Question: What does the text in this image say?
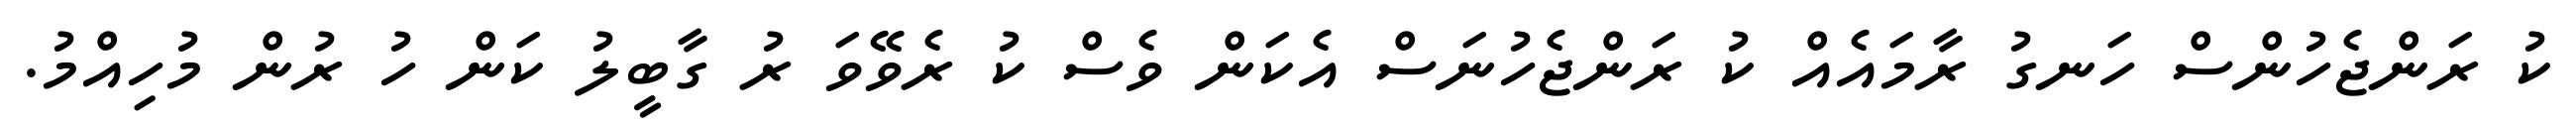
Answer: ކު ރަންޖެހުންސް ހަނގު ރާމައެއް ކު ރަންޖެހުނަސް އެކަން ވެސް ކު ރެވޭވަ ރު ގާބީލު ކަން ހު ރުން މުހިއްމު.